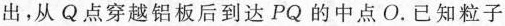
出，从Q点穿越铝板后到达PQ的中点O。已知粒子